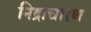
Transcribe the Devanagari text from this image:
निद्राचारण